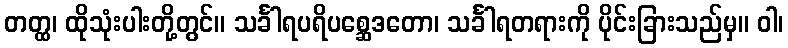
တတ္ထ၊ ထိုသုံးပါးတို့တွင်။ သင်္ခါရပရိပစ္ဆေဒတော၊ သင်္ခါရတရားကို ပိုင်းခြားသည်မှ။ ဝါ၊